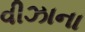
વીઝાના